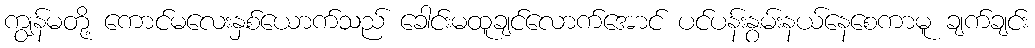
ကျွန်မတို့ ကောင်မလေးနှစ်ယောက်သည် ခေါင်းမထူချင်လောက်အောင် ပင်ပန်းနွမ်းနယ်နေစေကာမူ ချက်ချင်း